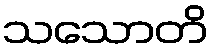
သသောတိ